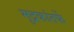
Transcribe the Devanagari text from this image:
मुद्रकांतर्फे